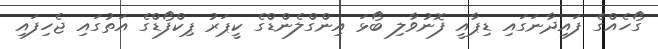
ގޯހެއްގެ ފައިދާނަގައި ޑިޕާއީ ފޮނުވާލި ބޯޅަ އިންގްލެންޑްގެ ކީޕަރު ޕިކްފޯޑްގެ އަތުގައި ޖެހިފައި